Document type: payment_order
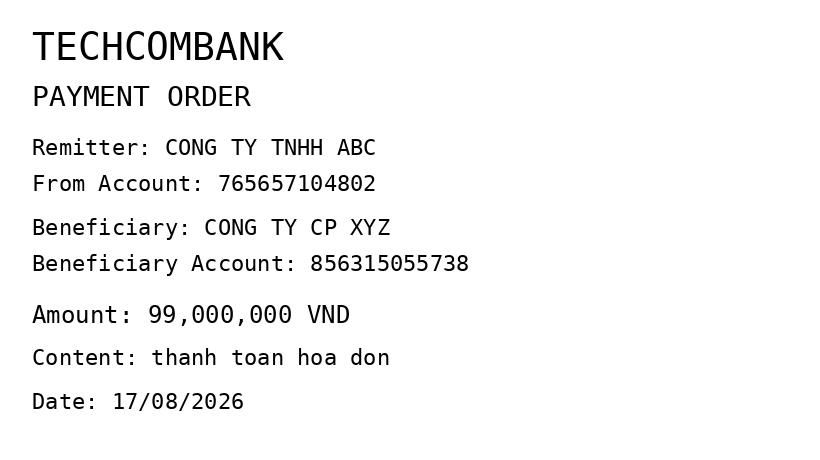
OCR transcript:
TECHCOMBANK
PAYMENT ORDER
Remitter: CONG TY TNHH ABC
From Account: 765657104802
Beneficiary: CONG TY CP XYZ
Beneficiary Account: 856315055738
Amount: 99,000,000 VND
Content: thanh toan hoa don
Date: 17/08/2026
Extracted fields:
bank_name: techcombank
sender_name: cong ty tnhh abc
sender_account: 765657104802
beneficiary_name: cong ty cp xyz
beneficiary_account: 856315055738
amount: 99000000
content: thanh toan hoa don
date: 2026-08-17